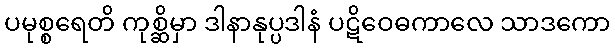
ပမုစ္စရေတိ ကုစ္ဆိမှာ ဒါနာနုပ္ပဒါနံ ပဋိဝေဓကာလေ သာဒကော